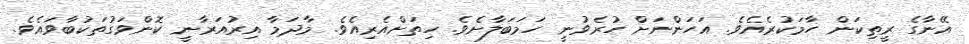
އޭނާގެ ރީތިކަން ހާމަކުރެއެވެ. އަހަންނަށް ހުރެވުނީ ހަމަބަލާށެވެ. ހިތަށްއެރިއެވެ. މާދަމާ އިރުއަރާނީ ކޮންވަގުތަކުބާވައެވެ.